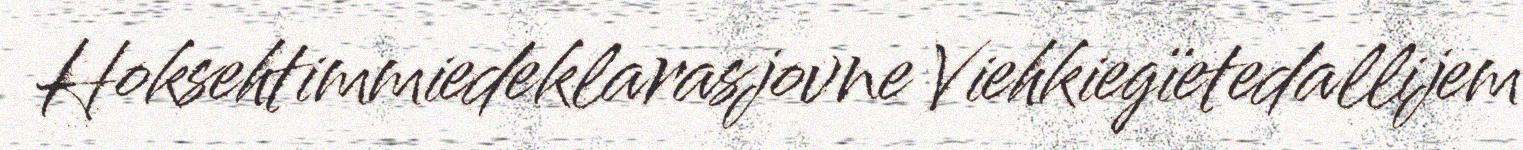
Hoksehtimmiedeklarasjovne Viehkiegïetedallijem